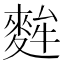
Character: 麰